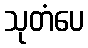
သုတံပေ